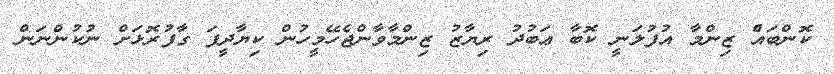
ކޮންބައެެް ޒިންމާ އުފުލަނީ ކޮބާ ޢަބުދު ރިޔާޒު ޒިންމާވާންޖެހޭމީހުންް ކިޔާދީފަ ގާފުރޮޅަށް ނުކުންނަން